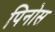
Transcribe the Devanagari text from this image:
पिनोस